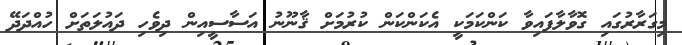
މިގަރާރުގައި ގޮވާލާފައިވާ ކަންކަމަކީ އެކަންކަން ކުރުމަށް ޤާނޫނު އަސާސީއިން ދިވެހި ދައުލަތަށް ހުއްދަދޭ